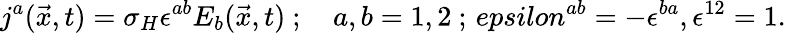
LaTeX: j^{a}(\vec{x},t)=\sigma_{H}\epsilon^{ab}E_{b}(\vec{x},t)\ ;\quad a,b=1,2\ ;\, epsilon^{ab}=-\epsilon^{ba},\epsilon^{12}=1.